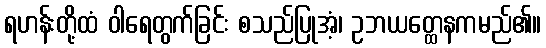
ရဟန်းတို့ထံ ဝါရေတွက်ခြင်း စသည်ပြုအံ့၊ ဥဘယတ္ထေနကမည်၏။